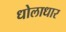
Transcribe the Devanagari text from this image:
धोलाधार